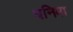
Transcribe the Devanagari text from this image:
घनिमा